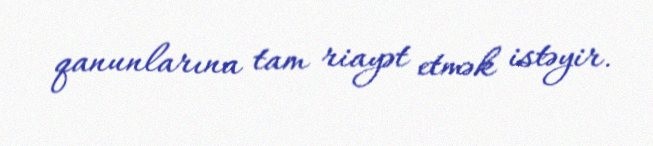
qanunlarına tam riayət etmək istəyir.